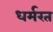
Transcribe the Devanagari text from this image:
धर्मरत